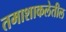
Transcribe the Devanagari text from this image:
तमाशाकलेतील